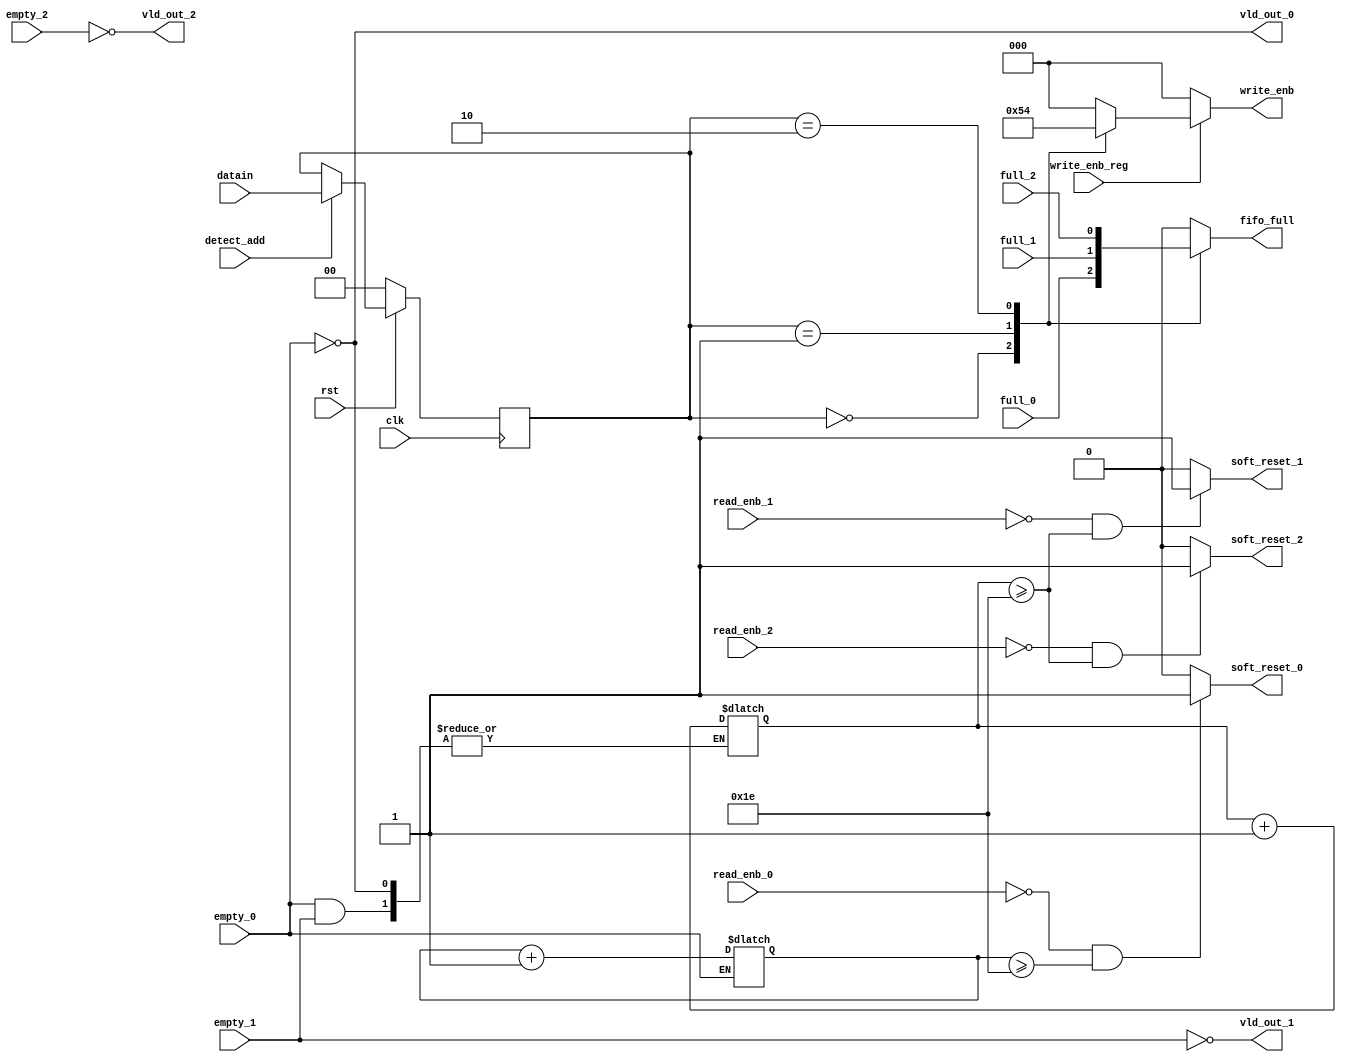
module Router_sync( input clk,rst,detect_add,write_enb_reg,read_enb_0,read_enb_1,read_enb_2,empty_0,empty_1,empty_2,full_0,full_1,full_2, 
					input [1:0]datain,
					output wire vld_out_0,vld_out_1,vld_out_2,
					output reg [2:0]write_enb, 
					output reg fifo_full, soft_reset_0,soft_reset_1,soft_reset_2);
					
reg [1:0]temp;
reg [4:0]count0,count1,count2;


always@(posedge clk)
	begin
		if(rst==0)
			temp <= 2'b0;
		else if(detect_add)
			temp<=datain;
	end
	

//fifo full
always@(*)
	begin
		case(temp)
			2'b00: fifo_full=full_0;                
			2'b01: fifo_full=full_1;                
			2'b10: fifo_full=full_2;				
			default fifo_full=0;
		endcase
	end

//write enable
always@(*)
	begin 
				if(write_enb_reg)
				begin
					case(temp)
						2'b00: write_enb=3'b001;				
						2'b01: write_enb=3'b010;
						2'b10: write_enb=3'b100;
						default: write_enb=3'b000;
					endcase
				end
				else
					write_enb = 3'b000;		
	end

//valid out

assign vld_out_0 = !empty_0;
assign vld_out_1 = !empty_1;
assign vld_out_2 = !empty_2;

//soft_rst

always @(vld_out_0||vld_out_1||vld_out_2)begin
	if(vld_out_0==1)
	count0<=count0+1;
	
	else if(vld_out_1==1)
	count1<=count1+1;

	else if(vld_out_2==1)
	count2<=count2+1;
end

always @(*)begin
	if(~read_enb_0 && count0>=30)
	soft_reset_0<=1;
	else
	soft_reset_0<=0;
end

always @(*)begin
	if(~read_enb_1 && count1>=30)
	soft_reset_1<=1;
	else
	soft_reset_1<=0;
end

always @(*)begin
	if(~read_enb_2 && count1>=30)
	soft_reset_2<=1;
	else
	soft_reset_2<=0;
end

endmodule